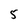
Character: 5